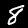
Label: 8